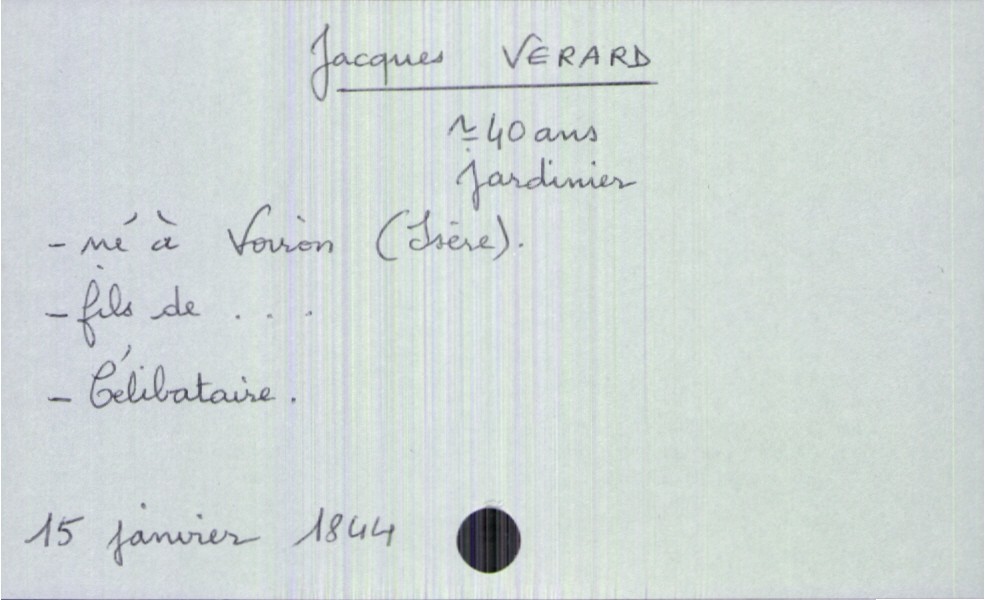
type_acte: Décès
année: 1844
mois: janvier
jour: 15
défunt_nom: Verard
défunt_prénom: Jacques
défunt_sexe: H
défunt_âge: 40 ans
défunt_profession: jardinier
défunt_lieu_de_naissance: Voiron (Isère)
défunt_statut: célibataire